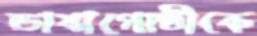
ভাষাগোষ্ঠীকে